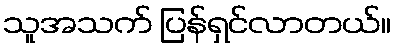
သူအသက် ပြန်ရှင်လာတယ်။